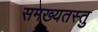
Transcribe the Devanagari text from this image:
समख्यतस्तु